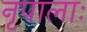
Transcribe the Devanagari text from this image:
नृपालाः